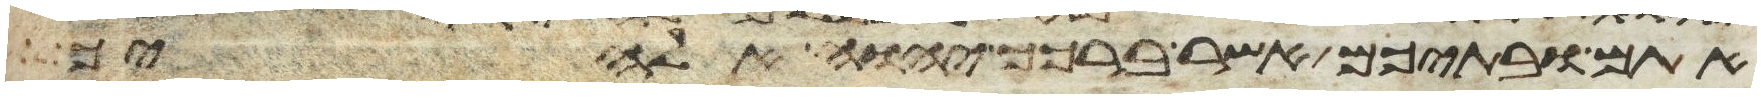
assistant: אתם ובתיכם אשר ברכך יהוה אלהיך